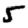
Digit: 5